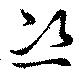
恣